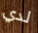
لدي